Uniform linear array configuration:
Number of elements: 16
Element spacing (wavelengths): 0.75
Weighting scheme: hamming
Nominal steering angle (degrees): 60
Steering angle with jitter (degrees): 58.533
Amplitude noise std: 0.05
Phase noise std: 0.05

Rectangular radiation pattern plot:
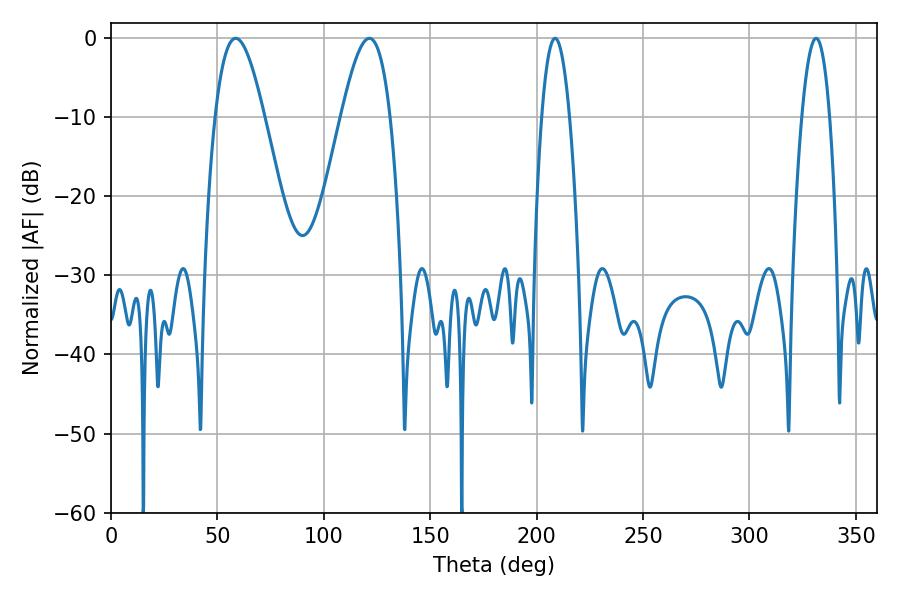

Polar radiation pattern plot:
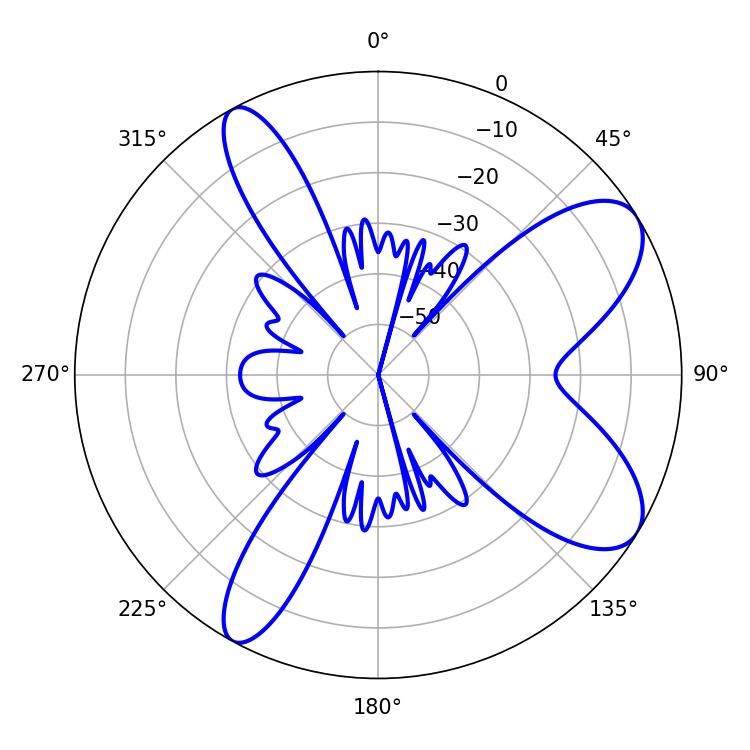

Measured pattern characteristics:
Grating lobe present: TRUE
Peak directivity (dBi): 8.546
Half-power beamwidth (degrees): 12.42
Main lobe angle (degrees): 58.68